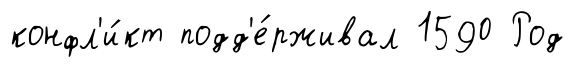
конфл'и́кт подд'е́рживал 1590 Род